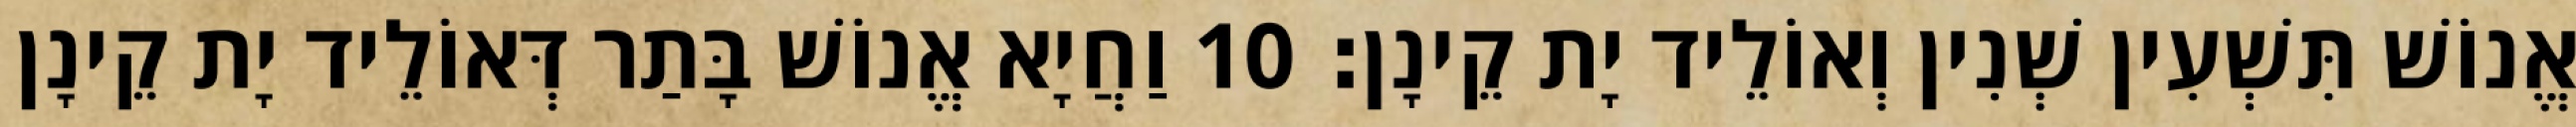
אֱנוֹשׁ תִּשְׁעִין שְׁנִין וְאוֹלֵיד יָת קֵינָן׃ 10 וַחֲיָא אֱנוֹשׁ בָּתַר דְּאוֹלֵיד יָת קֵינָן